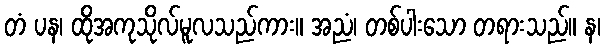
တံ ပန၊ ထိုအကုသိုလ်မူလသည်ကား။ အညံ၊ တစ်ပါးသော တရားသည်။ န၊